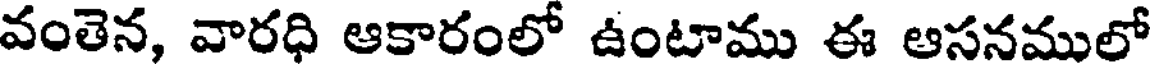
వంతెన, వారధి ఆకారంలో ఉంటాము ఈ ఆసనములో